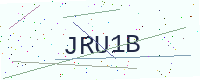
Text: JRU1B